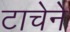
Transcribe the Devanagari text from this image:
टाचेने